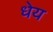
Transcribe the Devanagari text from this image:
धेय